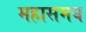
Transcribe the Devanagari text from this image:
महासमय